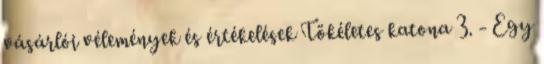
vásárlói vélemények és értékelések Tökéletes katona 3. - Egy